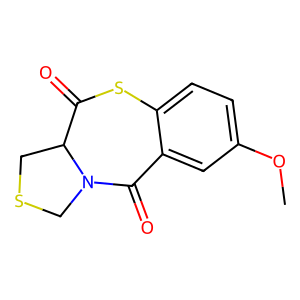
SMILES: COc1ccc2c(c1)C(=O)N1CSCC1C(=O)S2
Inhibits HIV replication: No